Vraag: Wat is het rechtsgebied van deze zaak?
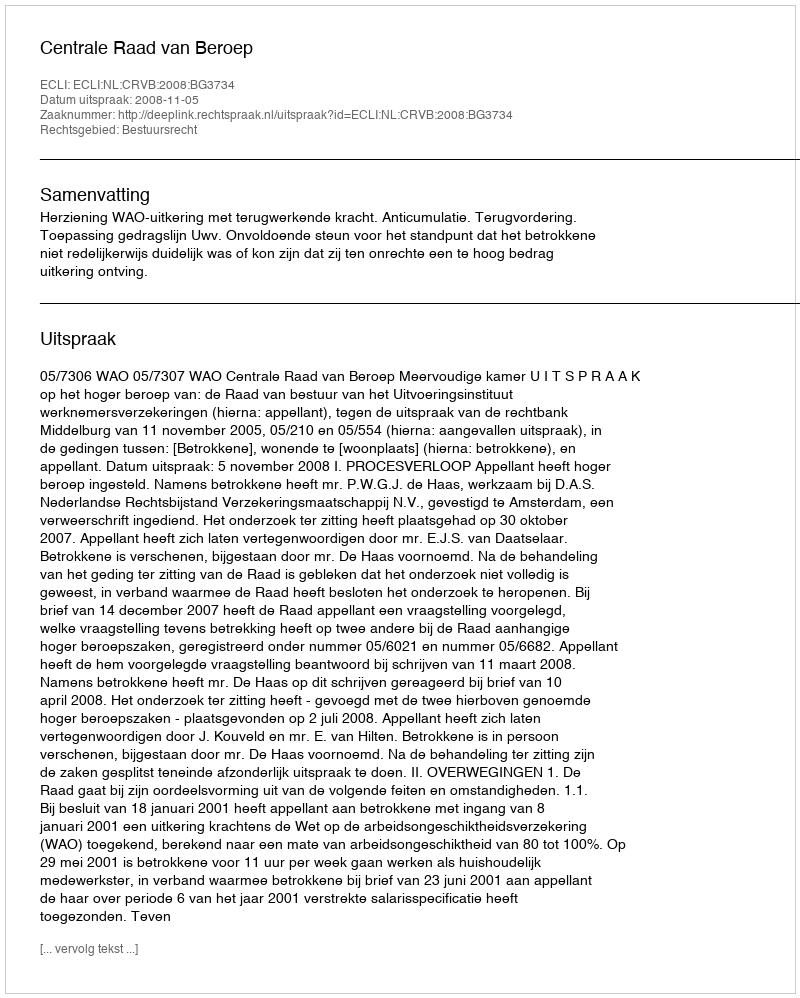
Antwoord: Bestuursrecht